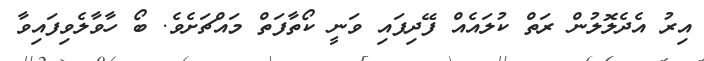
އިރު އެދެލޮލުން ރަތް ކުލައެއް ފޭދިފައި ވަނީ ކޯތާފަތް މައްޗަށެވެ. ބޯ ހާވާލެވިފައިވާ